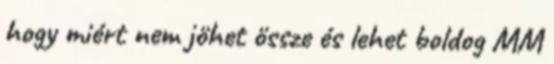
hogy miért nem jöhet össze és lehet boldog MM